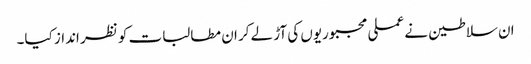
ان سلاطین نے عملی مجبوریوں کی آڑ لے کر ان مطالبات کو نظر انداز کیا۔